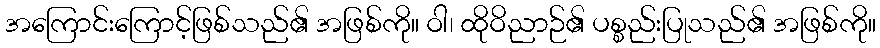
အကြောင်းကြောင့်ဖြစ်သည်၏ အဖြစ်ကို။ ဝါ၊ ထိုဝိညာဉ်၏ ပစ္စည်းပြုသည်၏ အဖြစ်ကို။